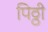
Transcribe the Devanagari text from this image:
पिठ्ठी